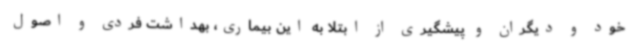
خود و دیگران و پیشگیری از ابتلا به این بیماری، بهداشت فردی و اصول